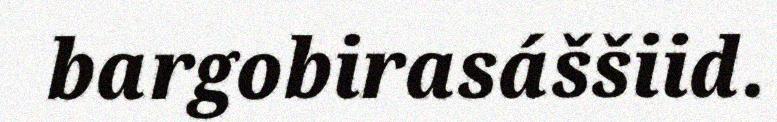
bargobirasáššiid.